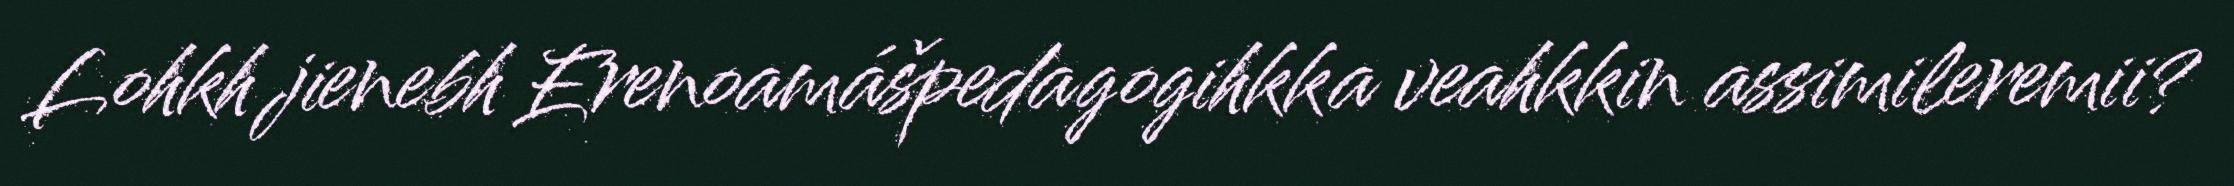
Lohkh jienebh Erenoamášpedagogihkka veahkkin assimileremii?